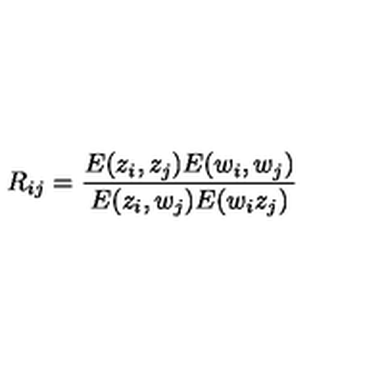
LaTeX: R _ { i j } = \frac { E ( z _ { i } , z _ { j } ) E ( w _ { i } , w _ { j } ) } { E ( z _ { i } , w _ { j } ) E ( w _ { i } z _ { j } ) }